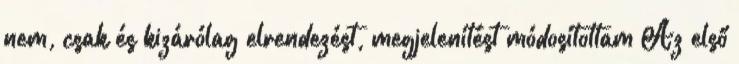
nem, csak és kizárólag elrendezést, megjelenítést módosítottam Az első